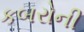
કબરોની